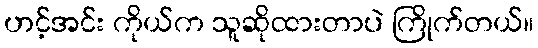
ဟင့်အင်း ကိုယ်က သူဆိုထားတာပဲ ကြိုက်တယ်။